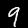
Label: 9